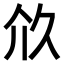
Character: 𠇧